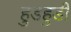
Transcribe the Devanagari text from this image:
हुडहुडी